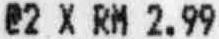
@2 X RM 2.99